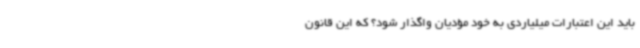
باید این اعتبارات میلیاردی به خود مؤدیان واگذار شود؟ که این قانون